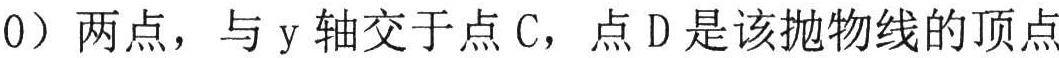
0）两点，与\(y\)轴交于点\(C\)，点\(D\)是该抛物线的顶点